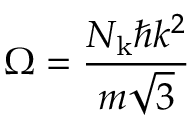
\Omega = \frac { N _ { \mathrm { k } } \hbar k ^ { 2 } } { m \sqrt { 3 } }